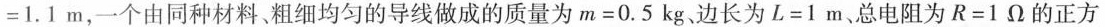
= 1 . 1 m$$，一个由同种材料、粗细均匀的导线做成的质量为$$m = 0 . 5 k g$$边长为$$L = 1 m$$、总电阻为$$R = 1 Ω$$的正方